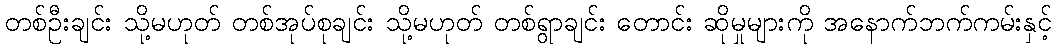
တစ်ဦးချင်း သို့မဟုတ် တစ်အုပ်စုချင်း သို့မဟုတ် တစ်ရွာချင်း တောင်း ဆိုမှုများကို အနောက်ဘက်ကမ်းနှင့်